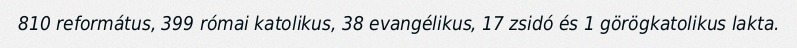
810 református, 399 római katolikus, 38 evangélikus, 17 zsidó és 1 görögkatolikus lakta.